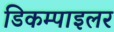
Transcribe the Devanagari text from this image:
डिकम्पाइलर